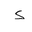
Letter: _hamza